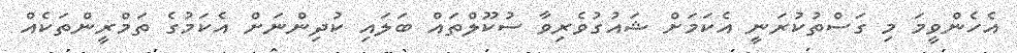
އެހެންވީމަ މި ގަސްތުކުރަނީ އެކަމަށް ޝައުގުވެރިވާ ސުކޫލްތައް ބަލައި ކުދިންނަށް އެކަމުގެ ތަމްރީންތަކެއް